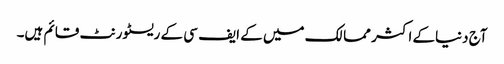
آج دنیاکے اکثر ممالک میں کے ایف سی کے ریسٹورنٹ قائم ہیں۔